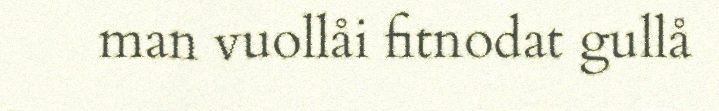
man vuollåi fitnodat gullå